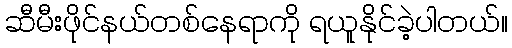
ဆီမီးဖိုင်နယ်တစ်နေရာကို ရယူနိုင်ခဲ့ပါတယ်။